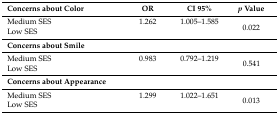
<table><thead><tr><td><b>Concerns about Color</b></td><td><b>OR</b></td><td><b>CI 95%</b></td><td><b><i>p</i> Value</b></td></tr></thead><tbody><tr><td>Medium SES</td><td>1.262</td><td>1.005–1.585</td><td rowspan="2">0.022</td></tr><tr><td>Low SES</td><td></td><td></td></tr><tr><td><b>Concerns about Smile</b></td><td colspan="3"></td></tr><tr><td>Medium SES</td><td>0.983</td><td>0.792–1.219</td><td rowspan="2">0.541</td></tr><tr><td>Low SES</td><td></td><td></td></tr><tr><td><b>Concerns about Appearance</b></td><td colspan="3"></td></tr><tr><td>Medium SES </td><td>1.299</td><td>1.022–1.651</td><td rowspan="2">0.013</td></tr><tr><td>Low SES </td><td></td><td></td></tr></tbody></table>